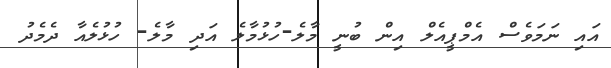
އައި ނަަމަވެސް އެމްޕީއެލް އިން ބުނީ މާލެ-ހުޅުމާލެ އަދި މާލެ- ހުޅުލެއާ ދެމެދު